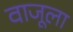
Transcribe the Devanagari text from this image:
वाजूला